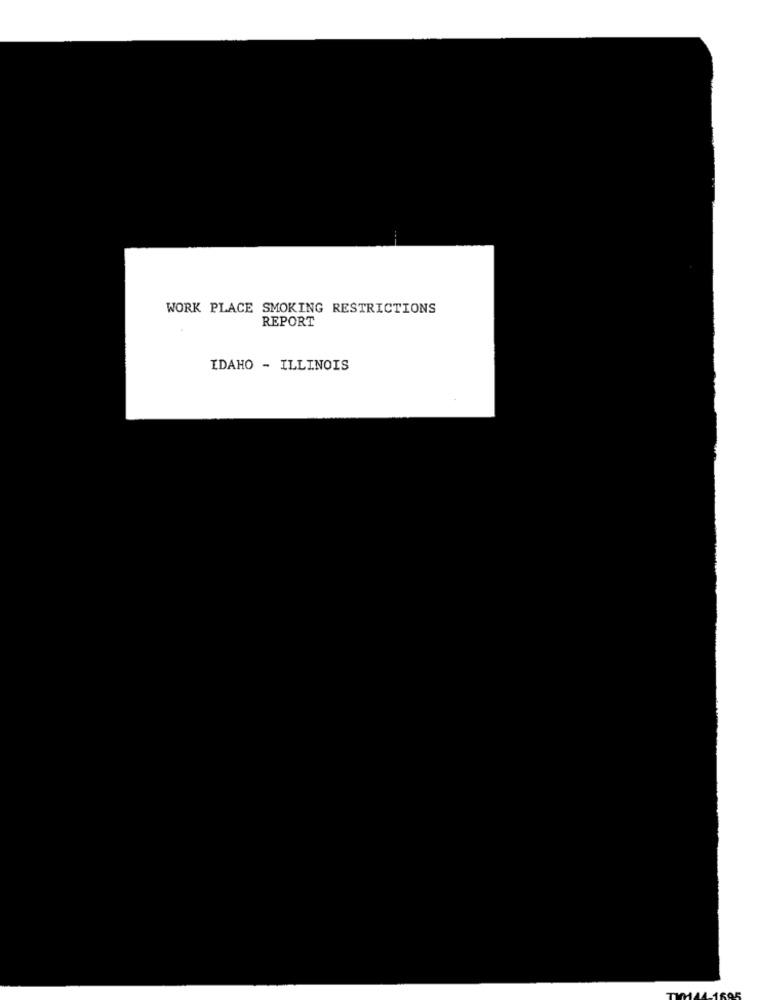
WORK PLACE SMOKING RESTRICTIONS
REPORT
IDAHO - ILLINOIS